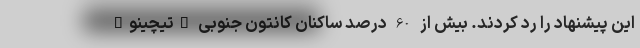
این پیشنهاد را رد کردند. بیش از 60 درصد ساکنان کانتون جنوبی "تیچینو"